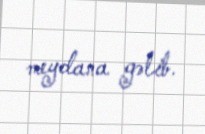
meydana gəlib.